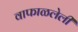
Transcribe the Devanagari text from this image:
वाफाळलेली